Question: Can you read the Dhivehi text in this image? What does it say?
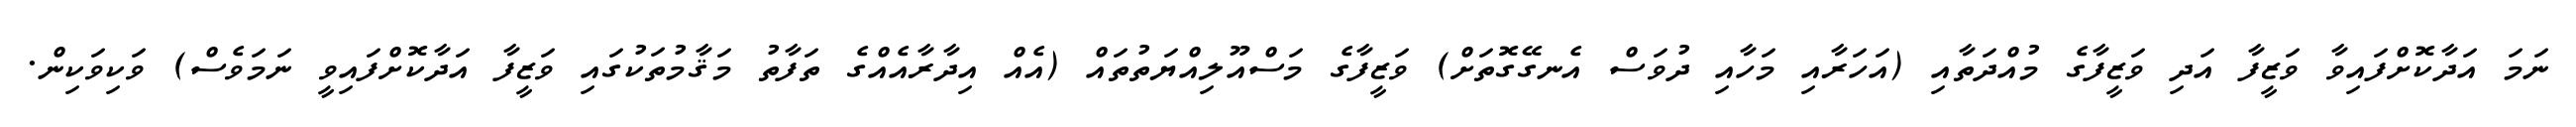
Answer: ނަމަ އަދާކޮށްފައިވާ ވަޒީފާ އަދި ވަޒީފާގެ މުއްދަތާއި (އަހަރާއި މަހާއި ދުވަސް އެނގޭގޮތަށް) ވަޒީފާގެ މަސްއޫލިއްޔަތުތައް (އެއް އިދާރާއެއްގެ ތަފާތު މަޤާމުތަކުގައި ވަޒީފާ އަދާކޮށްފައިވީ ނަމަވެސް) ވަކިވަކިން.